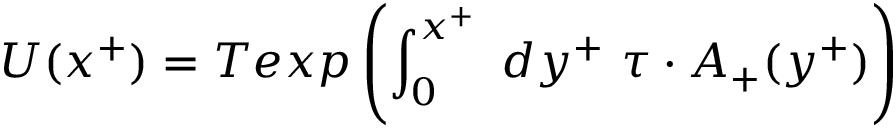
U ( x ^ { + } ) = T e x p \left( \int _ { 0 } ^ { x ^ { + } } ~ d y ^ { + } ~ \tau \cdot A _ { + } ( y ^ { + } ) \right)